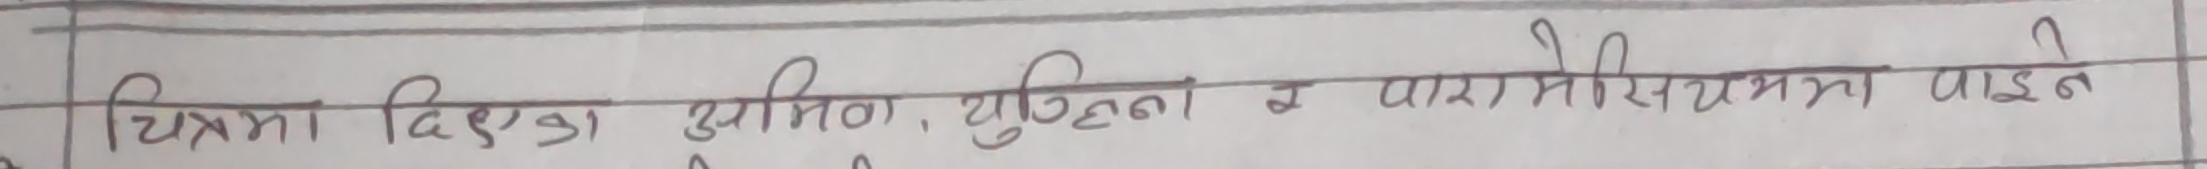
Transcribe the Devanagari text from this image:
चित्रमा दिख्न आमिन, युग्लिना र प्यारामिसियममा पाइते